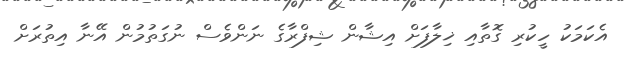
އެކަމަކު ހީކުރި ގޮތާއި ޚިލާފަށް އިޝާން ޝިފްރާގެ ނަންވެސް ނުގަތުމުން އޭނާ އިތުރަށް